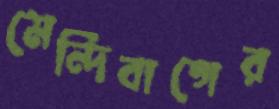
মেন্দিবাগের